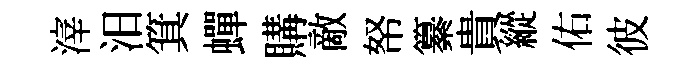
滓汨箕蟬購敵帑纂貴縱佑彼